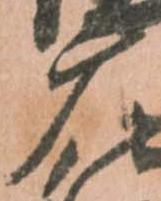
广